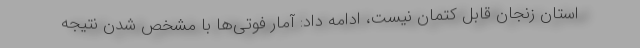
استان زنجان قابل کتمان نیست، ادامه داد: آمار فوتی‌ها با مشخص شدن نتیجه